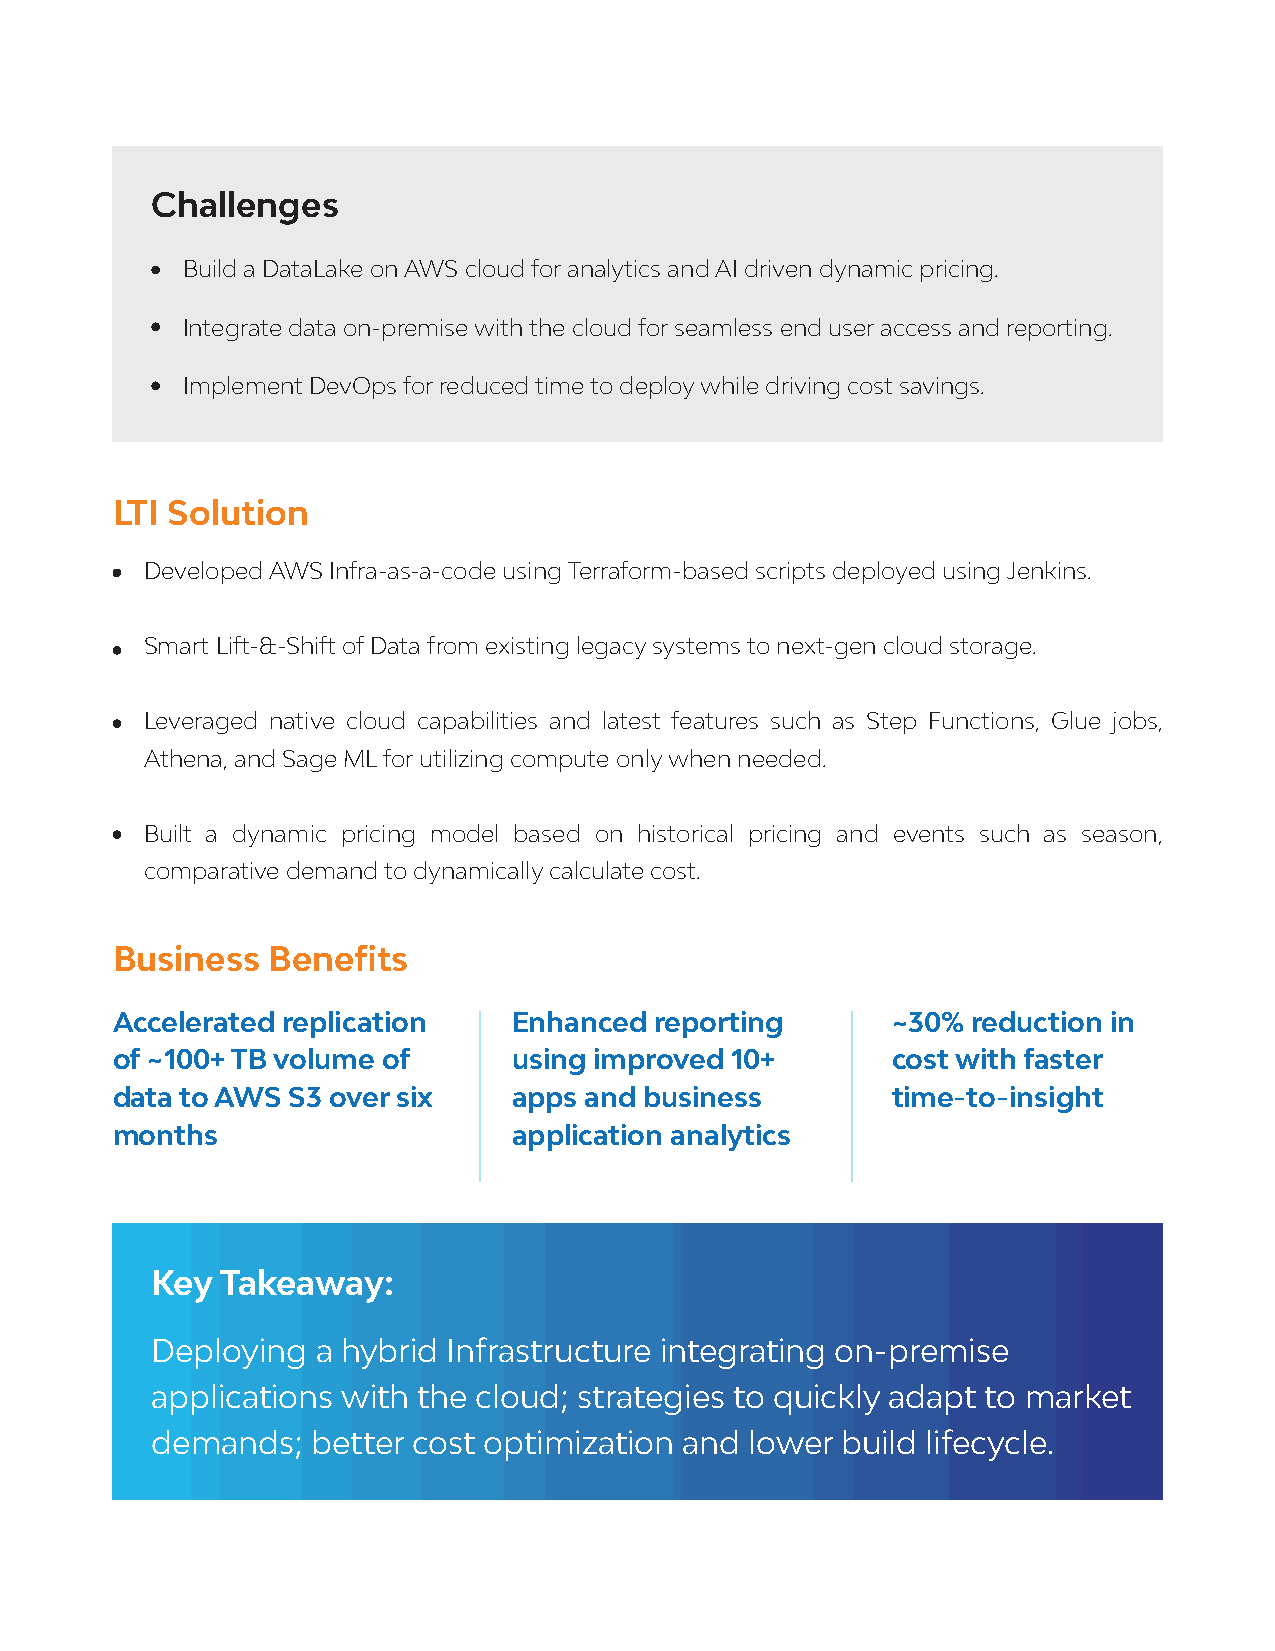
Challenges
 Build a DataLake on AWS cloud for analytics and AI driven dynamic pricing.
 Integrate data on-premise with the cloud for seamless end user access and reporting.
 Implement DevOps for reduced time to deploy while driving cost savings.
 LTI Solution
 Developed AWS Infra-as-a-code using Terraform-based scripts deployed using Jenkins.
 Smart Lift-&-Shift of Data from existing legacy systems to next-gen cloud storage.
 Leveraged native cloud capabilities and latest features such as Step Functions, Glue jobs,
 Athena, and Sage ML for utilizing compute only when needed.
 Built a dynamic pricing model based on historical pricing and events such as season,
 comparative demand to dynamically calculate cost.
 Business   Benefits
 Accelerated replication    Enhanced reporting       ~30% reduction in
 of ~100+ TB volume of      using improved 10+       cost with faster
 data to AWS S3 over six    apps and business        time-to-insight
 months                     application analytics
 Key  Takeaway:
 Deploying  a hybrid Infrastructure integrating on-premise
 applications with the cloud; strategies to quickly adapt to market
 demands;   better cost optimization and lower build lifecycle.